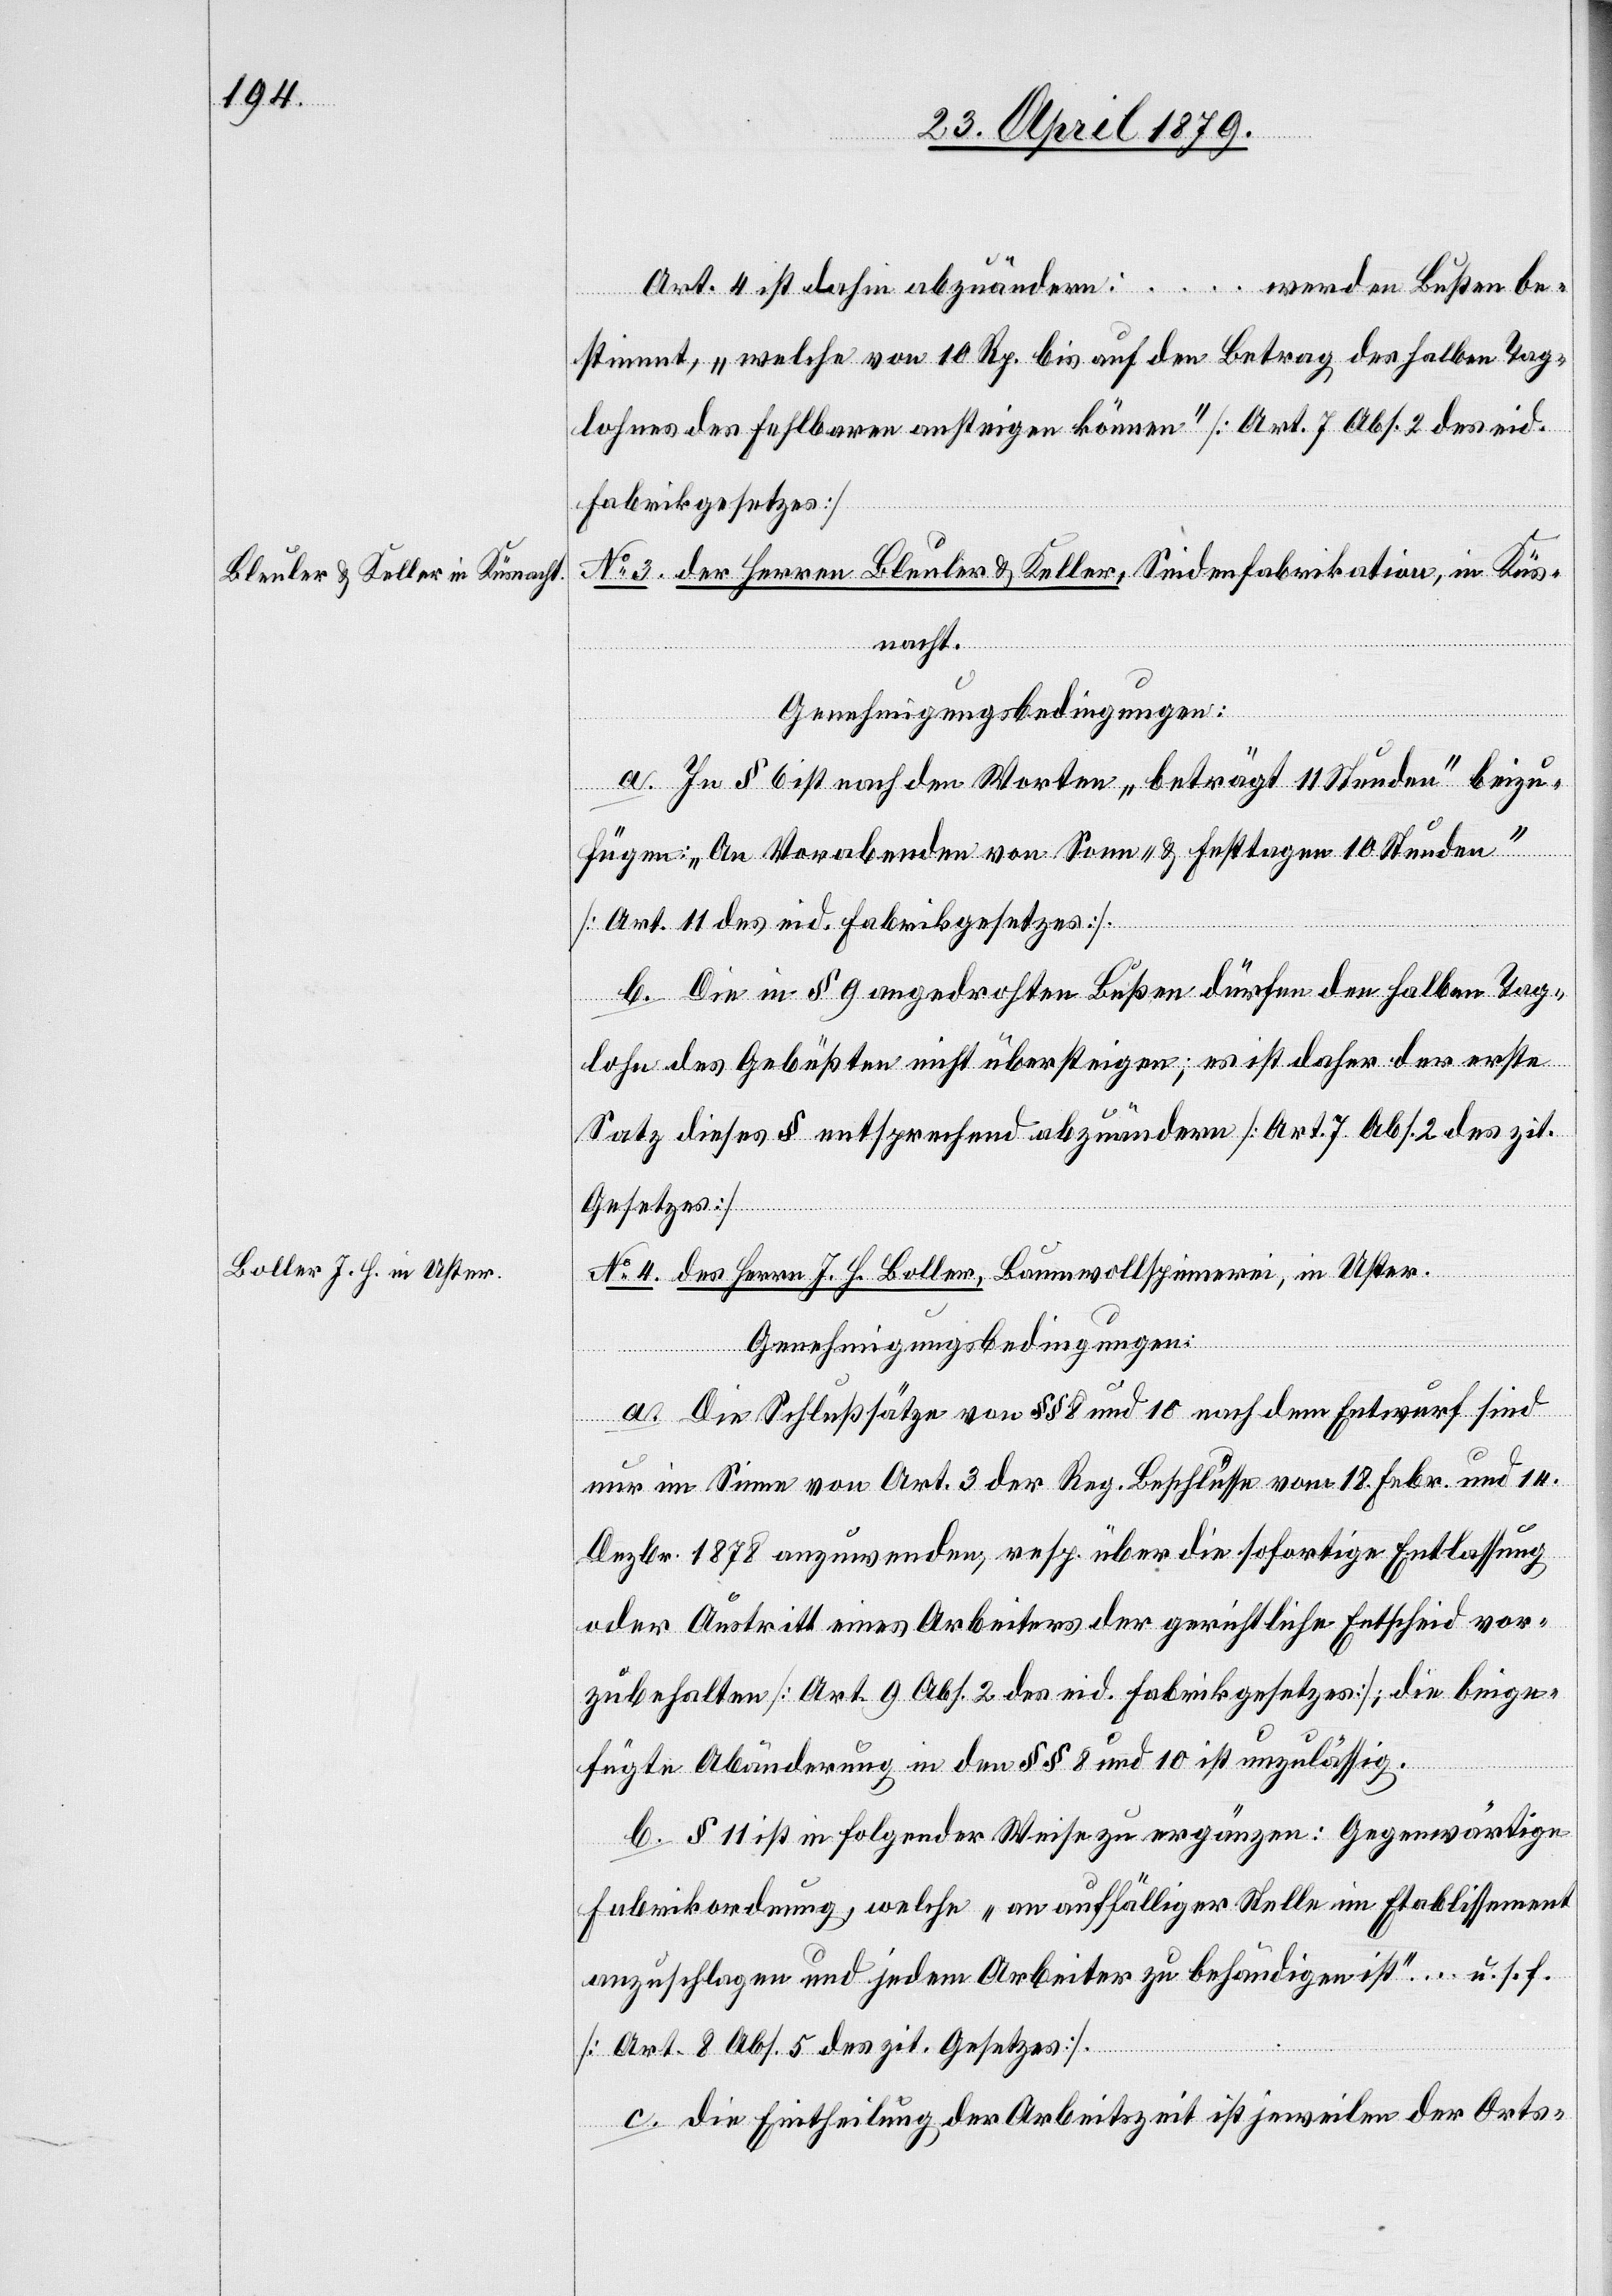
Art. 4 ist dahin abzuändern: … werden Bußen be¬
stimmt, „welche von 10 Rp. bis auf den Betrag des halben Tag¬
lohnes des Fehlbaren ansteigen können“ [Art. 7 Abs. 2 des eid.
Fabrikgesetzes]
No 3. der Herren Bleuler & Keller, Seidenfabrikation, in Küs¬
nacht.
Genehmigungsbedingungen:
a. In § 6 ist nach den Worten „beträgt 11 Stunden“ beizu¬
fügen: „An Vorabenden von Sonn- & Festtagen 10 Stunden“
[Art. 11 des eid. Fabrikgesetzes].
b. Die in § 9 angedrohten Bußen dürfen den halben Tag¬
lohn des Gebüßten nicht übersteigen; es ist daher der erste
Satz dieses § entsprechend abzuändern [Art. 7 Abs. 2 des zit.
Gesetzes]
No 4. des Herrn J. H. Boller, Baumwollspinnerei, in Uster.
Genehmigungsbedingungen:
a. Die Schlußsätze von §§ 8 und 10 nach dem Entwurf sind
nur im Sinne von Art. 3 der Reg. Beschlüsse vom 18 Febr. und 14.
Dezbr. 1878 anzuwenden, resp. über die sofortige Entlassung
oder Austritt eines Arbeiters der gerichtliche Entscheid vor¬
zubehalten [Art. 9 Abs. 2 des eid. Fabrikgesetzes]; die beige¬
fügte Abänderung in den §§ 8 und 10 ist unzulässig.
b. § 11 ist in folgender Weise zu ergänzen: Gegenwärtige
Fabrikordnung, welche „an auffälliger Stelle im Etablissement
anzuschlagen und jedem Arbeiter zu behändigen ist“ … u. s. f.
[Art. 8 Abs. 5 des zit. Gesetzes].
c. Die Eintheilung der Arbeitszeit ist jeweilen der Orts-